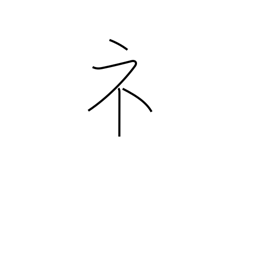
Meaning: showing radical (no. 113)